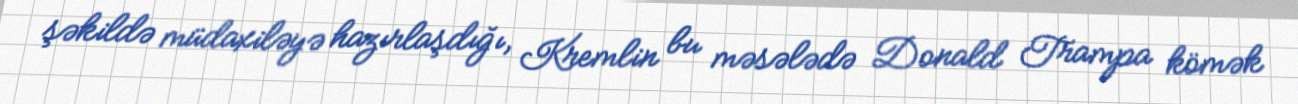
şəkildə müdaxiləyə hazırlaşdığı, Kremlin bu məsələdə Donald Trampa kömək